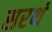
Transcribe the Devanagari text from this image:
सरथं